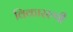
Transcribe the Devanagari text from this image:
विकाररुपी